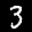
Label: 3